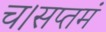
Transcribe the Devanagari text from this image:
च।सप्तमं